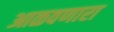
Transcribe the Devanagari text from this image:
आळवणारा